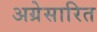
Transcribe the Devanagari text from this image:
अग्रेसारित